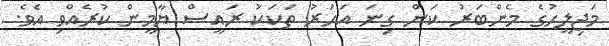
މަޖިލީހުގެ މެންބަރު ކަން ގިނަ އަހަރު ތަކަކު ރައީސް ޔާމީން ކުރެއްވި އެވެ.